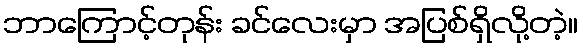
ဘာကြောင့်တုန်း ခင်လေးမှာ အပြစ်ရှိလို့တဲ့။